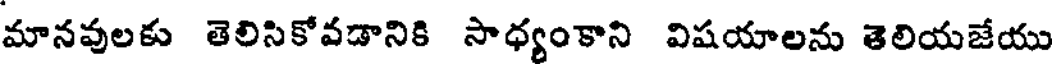
మానవులకు తెలిసికోవడానికి సాధ్యంకాని విషయాలను తెలియజేయు